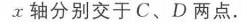
4. 如图1 - 5 - 9，在平面直角坐标系中，抛物线\(y = x^{2}+(k - 1)x - k\)与直线\(y = kx + 1\)交于\(A,B\)两点，点\(A\)在点\(B\)的左侧.
(1) 如果\(B\)点坐标为\((2,3)\)，那么\(k=\underline{\quad\quad}\)；\(A\)点坐标为\(\underline{\quad\quad}\)；
(2) 抛物线\(y = x^{2}+(k - 1)x - k(k > 0)\)与\(x\)轴交于\(C,D\)两点（点\(C\)在点\(D\)的左侧）. 在直线\(y = kx + 1\)上是否存在唯一一点\(Q\)，使得\(\angle OQC = 90^{\circ}\)？若存在，请求出此时\(k\)的值；若不存在，请说明理由.